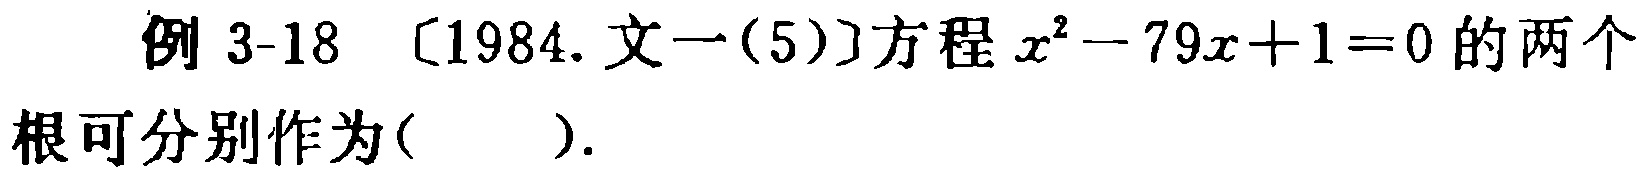
例 3-18 〔1984.文一(5)〕方程 \(x^{2}-79x + 1 = 0\) 的两个根可分别作为( ).